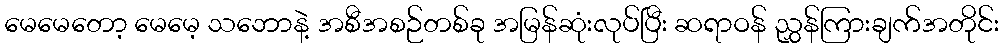
မေမေတော့ မေမေ့ သဘောနဲ့ အစီအစဉ်တစ်ခု အမြန်ဆုံးလုပ်ပြီး ဆရာဝန် ညွှန်ကြားချက်အတိုင်း